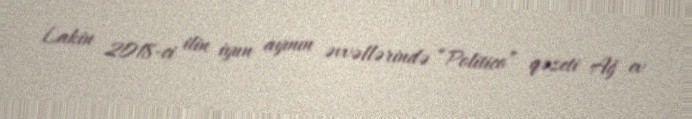
Lakin 2018-ci ilin iyun ayının əvvəllərində “Politico” qəzeti Ağ ev